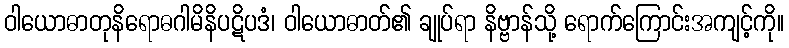
ဝါယောဓာတုနိရောဓဂါမိနိပဋိပဒံ၊ ဝါယောဓာတ်၏ ချုပ်ရာ နိဗ္ဗာန်သို့ ရောက်ကြောင်းအကျင့်ကို။